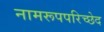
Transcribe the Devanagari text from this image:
नामरूपपरिच्छेद